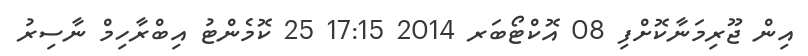
އިން ޖޫރިމަނާކޮށްފި 08 އޮކްޓޯބަރ 2014 17:15 25 ކޮމެންޓު އިބްރާހިމް ނާސިރު